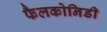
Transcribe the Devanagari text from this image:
फैलकोनिडी